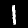
Digit: 1